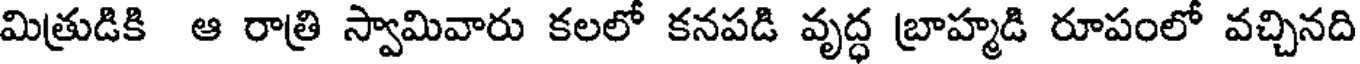
మిత్రుడికి ఆ రాత్రి స్వామివారు కలలో కనపడి వృద్ధ బ్రాహ్మడి రూపంలో వచ్చినది